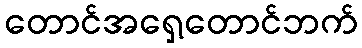
တောင်အရှေ့တောင်ဘက်